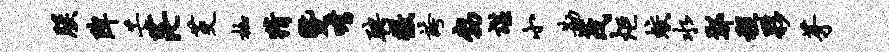
朕陴芒茫茭枷猜暨嗜聘徼夸勃谌小勘茂炬蛟水鄢程夥芽